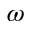
\omega